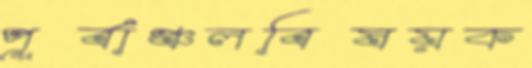
পূর্বাঞ্চলবিষয়ক